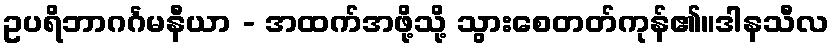
ဥပရိဘာဂင်္ဂမနီယာ - အထက်အဖို့သို့ သွားစေတတ်ကုန်၏။ဒါနသီလ